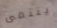
ينتمى